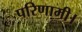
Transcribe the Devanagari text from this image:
परिणामी।